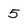
Character: 5